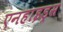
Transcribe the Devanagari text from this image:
एनहाइड्रस